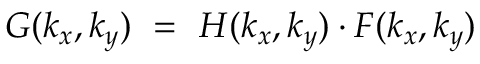
G ( k _ { x } , k _ { y } ) ~ = ~ H ( k _ { x } , k _ { y } ) \cdot F ( k _ { x } , k _ { y } )